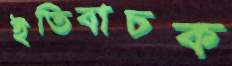
ইতিবাচক